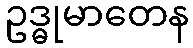
ဥဒ္ဓုမာတေန